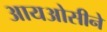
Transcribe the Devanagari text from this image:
आयओसीने